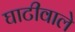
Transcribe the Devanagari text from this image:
घाटीवाले